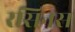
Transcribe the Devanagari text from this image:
रसिनस